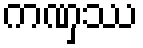
ကဏှဿ